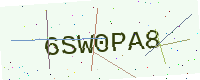
Text: 6SW0PA8